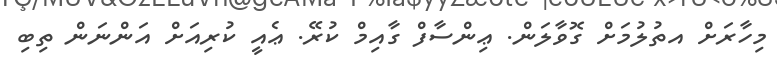
މިހާރަށް އތުލުމަށް ގޮވާލަން. ޢިންސާފް ގާއިމް ކުރޭ. ޢެއީ ކުރިއަށް އަންނަން ތިބި